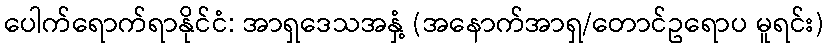
ပေါက်ရောက်ရာနိုင်ငံ: အာရှဒေသအနှံ့ (အနောက်အာရှ/တောင်ဥရောပ မူရင်း)